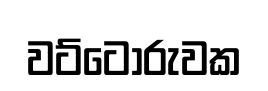
වට්ටෝරුවක